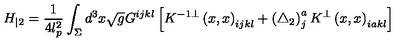
H _ { | 2 } = \frac 1 { 4 l _ { p } ^ { 2 } } \int _ { \Sigma } d ^ { 3 } x \sqrt { g } G ^ { i j k l } \left[ K ^ { - 1 \bot } \left( x , x \right) _ { i j k l } + \left( \triangle _ { 2 } \right) _ { j } ^ { a } K ^ { \bot } \left( x , x \right) _ { i a k l } \right]